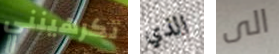
تكرهينني الذي الى